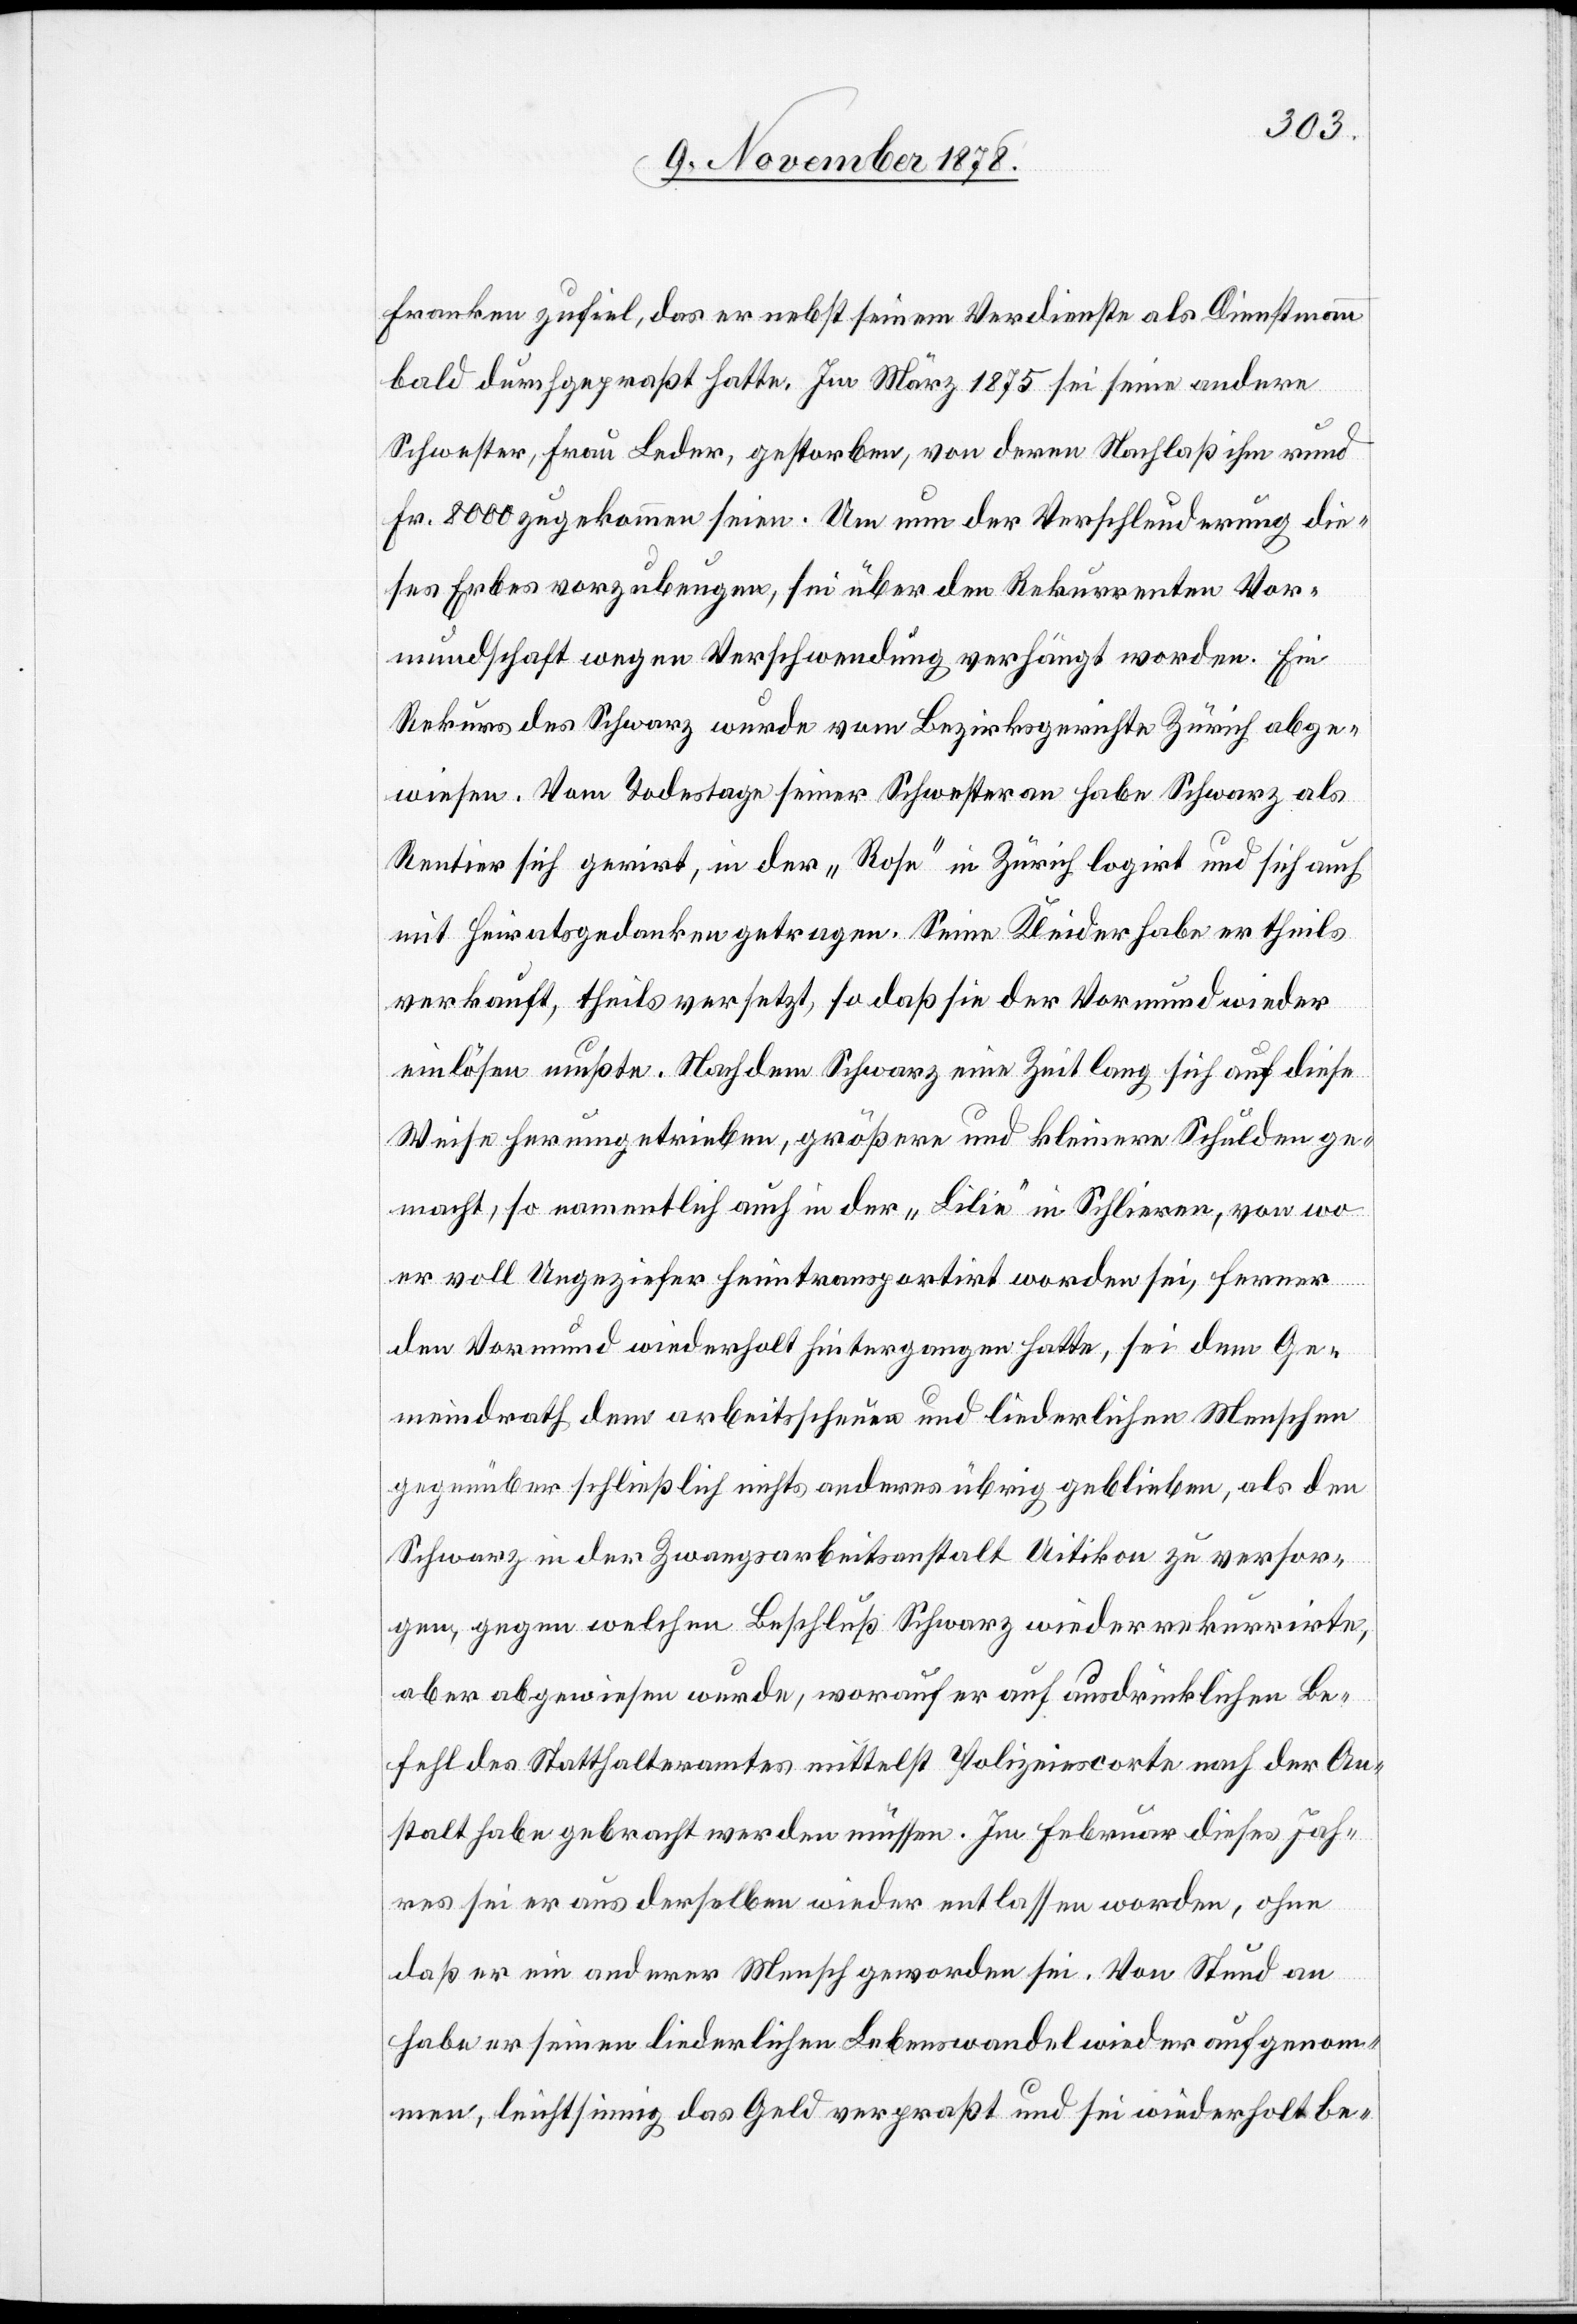
Franken zufiel, das er nebst seinem Verdienst als Dienstmann
bald durchgepraßt hatte. Im März 1875 sei seine andere
Schwester, Frau Leder, gestorben, von deren Nachlaß ihm rund
Fr. 8000 zugekommen seien. Um nun der Verschleuderung die¬
ses Erbes vorzubeugen, sei über den Rekurrenten Vor¬
mundschaft wegen Verschwendung verhängt worden. Ein
Rekurs des Schwarz wurde vom Bezirksgerichte Zürich abge¬
wiesen. Vom Todestage seiner Schwester an habe Schwarz als
Rentier sich gerirt, in der „Rose“ in Zürich logirt und sich auch
mit Heiratsgedanken getragen. Seine Kleider habe er theils
verkauft, theils versetzt, so daß sie der Vormund wieder
einlösen mußte. Nachdem Schwarz eine Zeit lang sich auf diese
Weise herumgetrieben, größere und kleinere Schulden ge¬
macht, so namentlich auch in der „Lilie“ in Schlieren, von wo
er voll Ungeziefer heimtransportirt worden sei, ferner
den Vormund wiederholt hintergangen hatte, sei dem Ge¬
meindrath dem arbeitsscheuen und liederlichen Menschen
gegenüber schließlich nichts anderes übrig geblieben, als den
Schwarz in der Zwangsarbeitsanstalt Uitikon zu versor¬
gen, gegen welchen Beschluß Schwarz wieder rekurrirte,
aber abgewiesen wurde, worauf er auf ausdrücklichen Be¬
fehl des Statthalteramtes mittelst Polizeiescorte nach der An¬
stalt habe gebracht werden müssen. Im Februar dieses Jah¬
res sei er aus derselben wieder entlassen worden, ohne
daß er ein anderer Mensch geworden sei. Von Stund an
habe er seinen liederlichen Lebenswandel wieder aufgenom¬
men, leichtsinnig das Geld verprasst und sei wiederholt be-